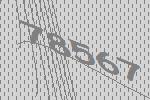
78567